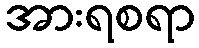
အားရစရာ